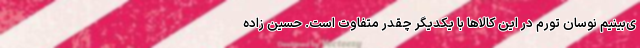
ی‌بینیم نوسان تورم در این کالاها با یکدیگر چقدر متفاوت است. حسین زاده